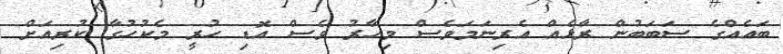
ބައެއްގެ ސަބަބުން ރާޅެއް އެރިނަމަވެސް މިހާރު ވެސް އޮޑި ހުރީ މެކުހުގާ ކުރިއަށް